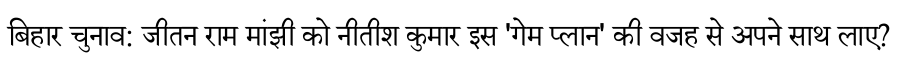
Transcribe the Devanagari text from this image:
बिहार चुनाव: जीतन राम मांझी को नीतीश कुमार इस 'गेम प्लान' की वजह से अपने साथ लाए?